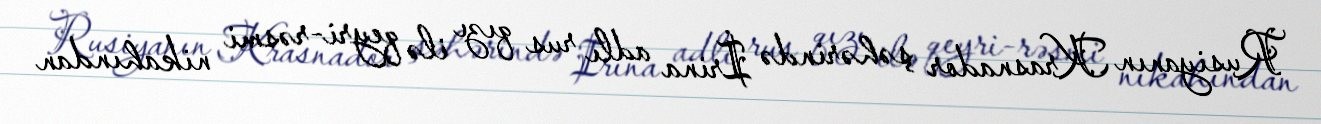
Rusiyanın Krasnador şəhərində İrina adlı rus qızı ilə qeyri-rəsmi nikahından